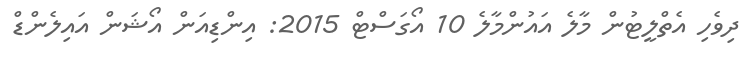
ދިވެހި އެތްލީޓުން މާލެ އައުންމާލެ 10 އޯގަސްޓް 2015: އިންޑިއަން އޯޝަން އައިލެންޑް